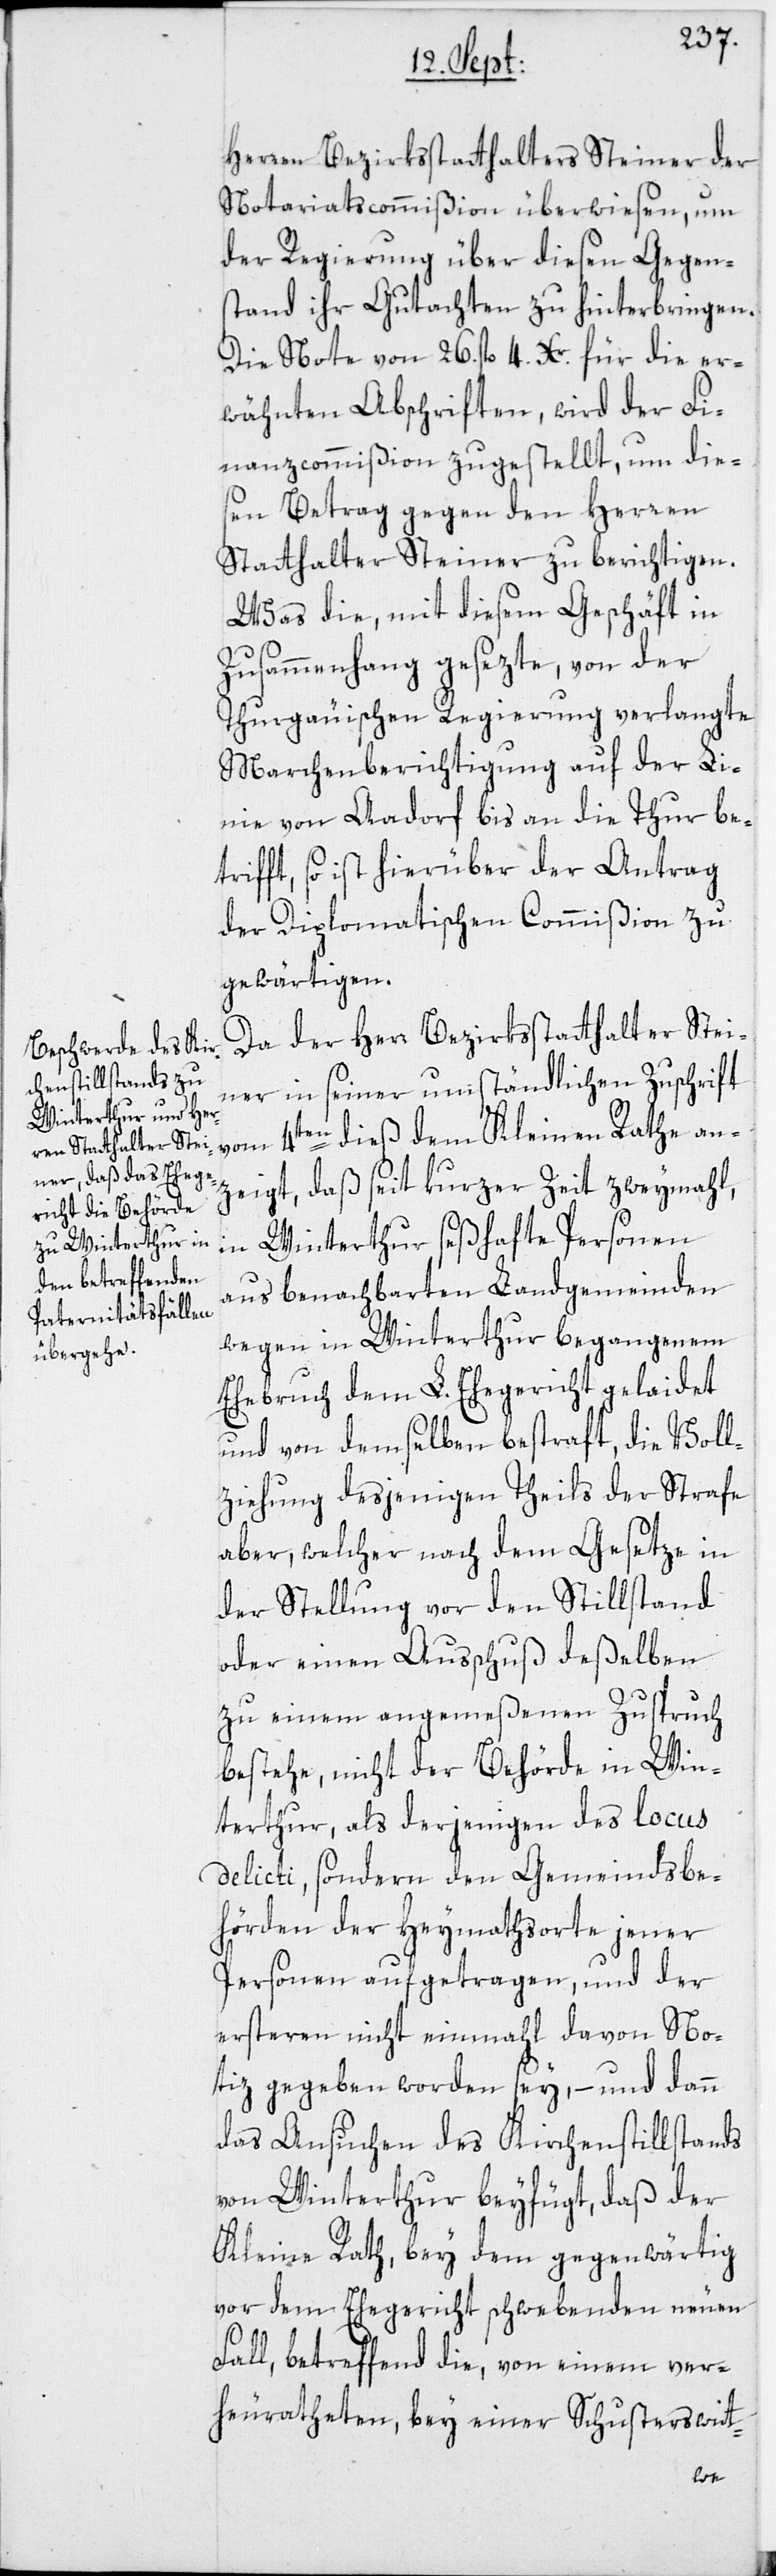
Herren Bezirksstatthalters Steiner der
Notariatscommißion überwiesen, um
der Regierung über diesen Gegen¬
stand ihr Gutachten zu hinterbringen.
Die Note von 26. fl. 4. Xr. für die er¬
wähnten Abschriften, wird der Fi¬
nanzcommißion zugestellt, um die¬
sen Betrag gegen den Herren
Statthalter Steiner zu berichtigen.
Was die, mit diesem Geschäft in
Zusammenhang gesezte, von der
Thurgäuischen Regierung verlangte
Marchenberichtigung auf der Li¬
nie von Aadorf bis an die Thur be¬
trifft, so ist hierüber der Antrag
der Diplomatischen Commißion zu
gewärtigen.
Da der Herr Bezirksstatthalter Stei¬
ner in seiner umständlichen Zuschrift
vom 4ten dieß dem Kleinen Rathe an¬
zeigt, daß seit kurzer Zeit zweymahl,
in Winterthur seßhafte Personen
aus benachbarten Landgemeinden
wegen in Winterthur begangenem
Ehebruch dem L. Ehegericht gelaidet
und von demselben bestraft, die Voll¬
ziehung desjenigen Theils der Strafe
aber, welcher nach dem Gesetze in
der Stellung vor den Stillstand
oder einen Ausschuß deßelben
zu einem angemeßenen Zuspruch
bestehe, nicht der Behörde in Win¬
terthur, als derjenigen des locus
delicti, sondern den Gemeindsbe¬
hörden der Heymathsorte jener
Personen aufgetragen, und der
ersteren nicht einmahl davon No¬
tiz gegeben worden sey, – und dann
das Ansuchen des Kirchenstillstands
von Winterthur beyfügt, daß der
Kleine Rath, bey dem gegenwärtig
vor dem Ehegericht schwebenden neuen
Fall, betreffend die, von einem ver¬
heuratheten, bey einer Schusterswitt-